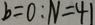
b = 0 : N = 4 1